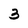
Character: 3